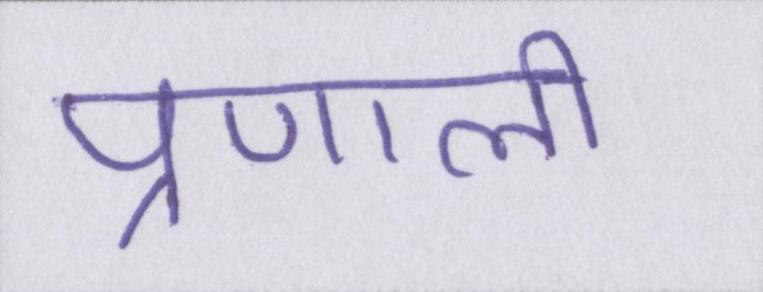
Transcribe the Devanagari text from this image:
प्रणाली